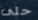
حتى